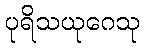
ပုရိသယုဂေသု